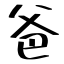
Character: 爸